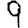
Digit: 9